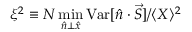
\xi ^ { 2 } \equiv N \operatorname* { m i n } _ { \hat { n } \bot \hat { x } } { \mathrm { V a r } [ \hat { n } \cdot \vec { S } ] } / \langle X \rangle ^ { 2 }